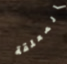
المعلقة